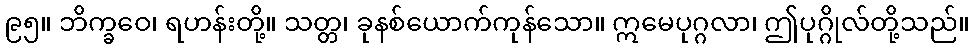
၉၅။ ဘိက္ခဝေ၊ ရဟန်းတို့။ သတ္တ၊ ခုနစ်ယောက်ကုန်သော။ ဣမေပုဂ္ဂလာ၊ ဤပုဂ္ဂိုလ်တို့သည်။